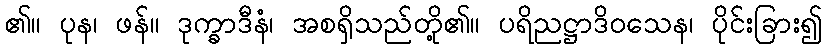
၏။ ပုန၊ ဖန်။ ဒုက္ခာဒီနံ၊ အစရှိသည်တို့၏။ ပရိညဋ္ဌာဒိဝသေန၊ ပိုင်းခြား၍